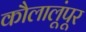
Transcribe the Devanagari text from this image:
कौलालूंपूर